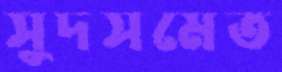
সুদসমেত